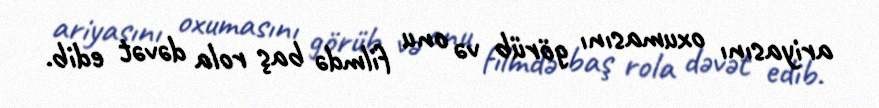
ariyasını oxumasını görüb və onu filmdə baş rola dəvət edib.